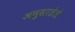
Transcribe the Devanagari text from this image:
अनुसरलेले